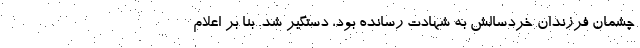
چشمان فرزندان خردسالش به شهادت رسانده بود، دستگیر شد. بنا بر اعلام